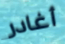
أغادر